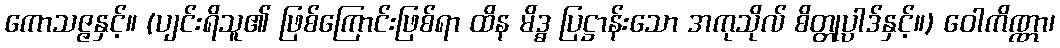
ကောသဇ္ဇနှင့်။ (ပျင်းရိသူ၏ ဖြစ်ကြောင်းဖြစ်ရာ ထိန မိဒ္ဓ ပြဋ္ဌာန်းသော အကုသိုလ် စိတ္တုပ္ပါဒ်နှင့်။) ဝေါကိဏ္ဏာ၊